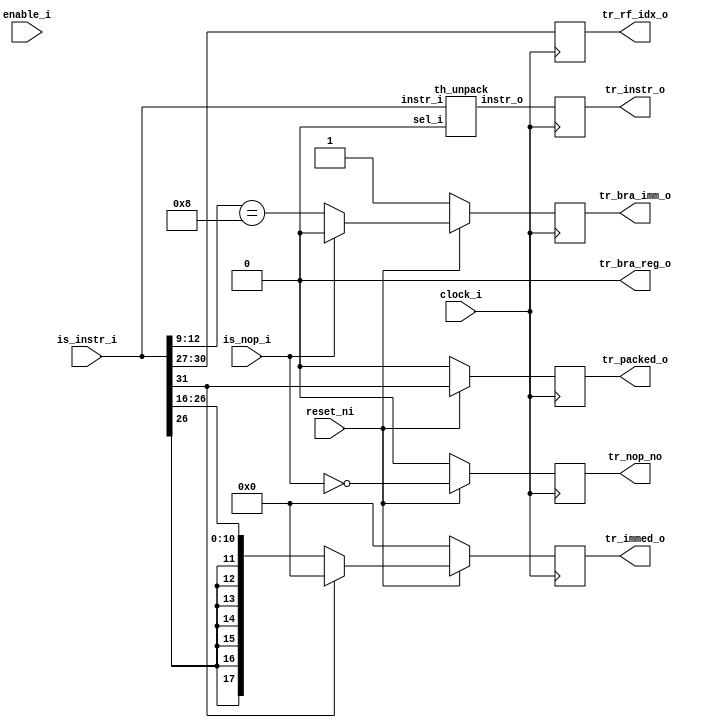
/***************************************************************************
 *                                                                         *
 *   th_decode.v - The third stage of this pipelined TTA CPU. This TTA is  *
 *     not pure and supports a packed instruction mode where two           *
 *     instructions fit in a 32-bit word.                                  *
 *                                                                         *
 *   Copyright (C) 2008 by Patrick Suggate                                 *
 *   patrick@physics.otago.ac.nz                                           *
 *                                                                         *
 *   This program is free software; you can redistribute it and/or modify  *
 *   it under the terms of the GNU General Public License as published by  *
 *   the Free Software Foundation; either version 2 of the License, or     *
 *   (at your option) any later version.                                   *
 *                                                                         *
 *   This program is distributed in the hope that it will be useful,       *
 *   but WITHOUT ANY WARRANTY; without even the implied warranty of        *
 *   MERCHANTABILITY or FITNESS FOR A PARTICULAR PURPOSE.  See the         *
 *   GNU General Public License for more details.                          *
 *                                                                         *
 *   You should have received a copy of the GNU General Public License     *
 *   along with this program; if not, write to the                         *
 *   Free Software Foundation, Inc.,                                       *
 *   59 Temple Place - Suite 330, Boston, MA  02111-1307, USA.             *
 ***************************************************************************/

`define	__debug
`timescale 1ns/100ps
module th_decode (
	clock_i,
	reset_ni,
	enable_i,
	
	is_instr_i,
	is_nop_i,
	
	tr_packed_o,
	tr_instr_o,
	tr_immed_o,
	tr_nop_no,
	tr_rf_idx_o,
	tr_bra_imm_o,
	tr_bra_reg_o
);

// Change these at your own risk since most of this module is hard-coded.
parameter	INSTRUCTION	= 32;
parameter	WORDSIZE	= 18;
parameter	IMMEDBITS	= 13;
parameter	RFBITS		= 4;
parameter	PC_INIT		= 0;

parameter	MSB	= INSTRUCTION - 1;
parameter	WSB	= WORDSIZE - 1;
parameter	ISB	= IMMEDBITS - 1;
parameter	RSB	= RFBITS - 1;

input		clock_i;
input		reset_ni;
input		enable_i;

input	[MSB:0]	is_instr_i;
input		is_nop_i;

output		tr_packed_o;
output	[MSB:0]	tr_instr_o;
output	[WSB:0]	tr_immed_o;
output		tr_nop_no;
output	[RSB:0]	tr_rf_idx_o;
output		tr_bra_imm_o;
output		tr_bra_reg_o;


reg		tr_bra_imm_o	= 1;
// reg	tr_bra_reg_o	= 0;	// FIXME
reg	[MSB:0]	tr_instr_o;
reg	[WSB:0]	tr_immed_o	= 0;
reg		tr_nop_no	= 1;
reg	[3:0]	tr_rf_idx_o	= 0;
reg		tr_packed_o;
reg	isel	= 0;

wire	packed, sign, branch;
wire	[MSB:0]	instr_w;
wire	[WSB:0]	immed;


assign	tr_bra_reg_o	= 0;	// TODO

assign	packed	= is_instr_i [MSB];
assign	sign	= is_instr_i [26];
assign	immed	= {{(WORDSIZE-10){sign}}, is_instr_i [25:16]};

// assign	tr_packed_o	= is_instr_i [MSB];

// TODO
assign	branch	= (is_instr_i [12:9] == 4'b1000);


always @(posedge clock_i)
	tr_instr_o	<= #2 instr_w;

always @(posedge clock_i)
	if (!reset_ni)		tr_immed_o	<= #2 PC_INIT;
	else if (packed)	tr_immed_o	<= #2 0;
	else			tr_immed_o	<= #2 immed;

always @(posedge clock_i)
	if (!reset_ni)		tr_bra_imm_o	<= #2 1'b1;
	else if (is_nop_i)	tr_bra_imm_o	<= #2 1'b0;	// TODO needed?
	else			tr_bra_imm_o	<= #2 branch;

always @(posedge clock_i)
	if (!reset_ni)	tr_nop_no	<= #2 1'b0;
	else		tr_nop_no	<= #2 ~is_nop_i;

always @(posedge clock_i)
	if (!reset_ni)	tr_packed_o	<= #2 0;
	else		tr_packed_o	<= #2 packed;

always @(posedge clock_i)
	tr_rf_idx_o	<= #2 is_instr_i [30:27];


th_unpack UNPACK0 (
	.instr_i	(is_instr_i),
	.sel_i		(isel),
	.instr_o	(instr_w)
);


endmodule	// th_decode


module th_unpack (
	instr_i,
	sel_i,
	instr_o
);

input	[31:0]	instr_i;
input		sel_i;
output	[31:0]	instr_o;


wire		p;
wire	[31:0]	i	= instr_i;

wire		sign;
wire	[9:0]	immed;

wire	[2:0]	s00, d00, s01, com0;
wire	[3:0]	d01, r0;
wire	[2:0]	s10, d10, s11, com1;
wire	[3:0]	d11, r1;

wire	[31:0]	instr0, instr1;


assign	p	= i [31];
assign	sign	= i [30];
assign	immed	= i [29:20];

// Instruction 0:
assign	#2 s00	= p ? {1'b0, i [1:0]}	: i [2:0];
assign	d00	= i [5:3];
assign	#2 s01	= p ? {1'b0, i [7:6]}	: i [8:6];
assign	#2 d01	= p ? {2'b00, i [10:9]}	: i [12:9];
assign	com0	= i [15:13];
assign	r0	= i [30:27];

// Instruction 1:
assign	#2 s10	= {1'b0, i [8], i [2]};
assign	d10	= {i [16], i [12:11]};
assign	#2 s11	= {1'b0, i [18:17]};
assign	#2 d11	= {2'b00, i [20:19]};
assign	com1	= i [23:21];
assign	r1	= {i [30], i [26:24]};


assign	instr0	= {1'b0, r0, com0, d01, s01, d00, s00};
assign	instr1	= {1'b0, r1, com1, d11, s11, d10, s10};

assign	#2 instr_o	= sel_i ? instr1 : instr0 ;


endmodule	// th_unpack